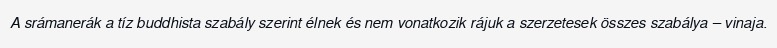
A srámanerák a tíz buddhista szabály szerint élnek és nem vonatkozik rájuk a szerzetesek összes szabálya – vinaja.